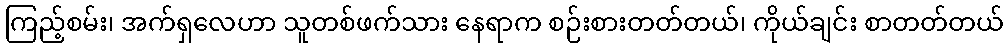
ကြည့်စမ်း၊ အက်ရှလေဟာ သူတစ်ဖက်သား နေရာက စဉ်းစားတတ်တယ်၊ ကိုယ်ချင်း စာတတ်တယ်